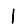
Digit: 1